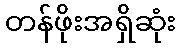
တန်ဖိုးအရှိဆုံး